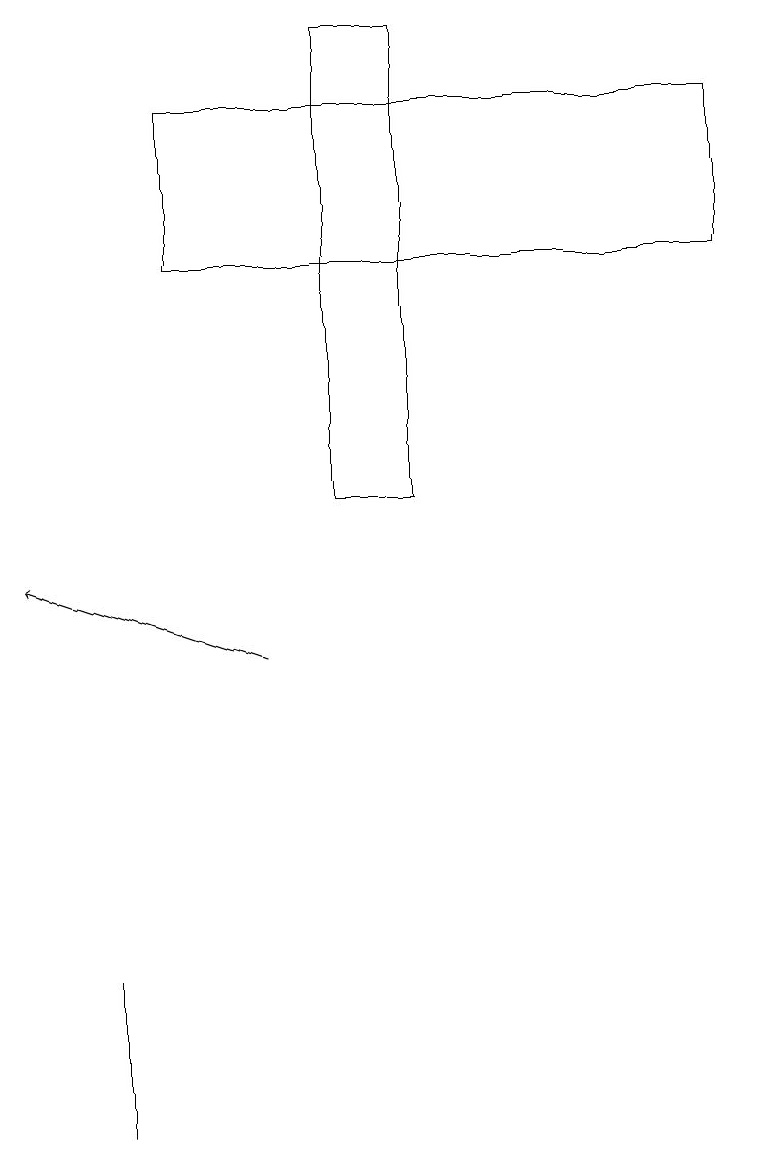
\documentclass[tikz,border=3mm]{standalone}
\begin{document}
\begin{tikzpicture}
\draw (1,6) -- (1,7) -- (1,5) -- cycle;
\draw[->] (3,11) -- (0,12);
\draw (4,13) rectangle (5,19);
\draw (2,16) rectangle (9,18);
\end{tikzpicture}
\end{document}